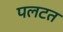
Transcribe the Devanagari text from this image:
पलटत